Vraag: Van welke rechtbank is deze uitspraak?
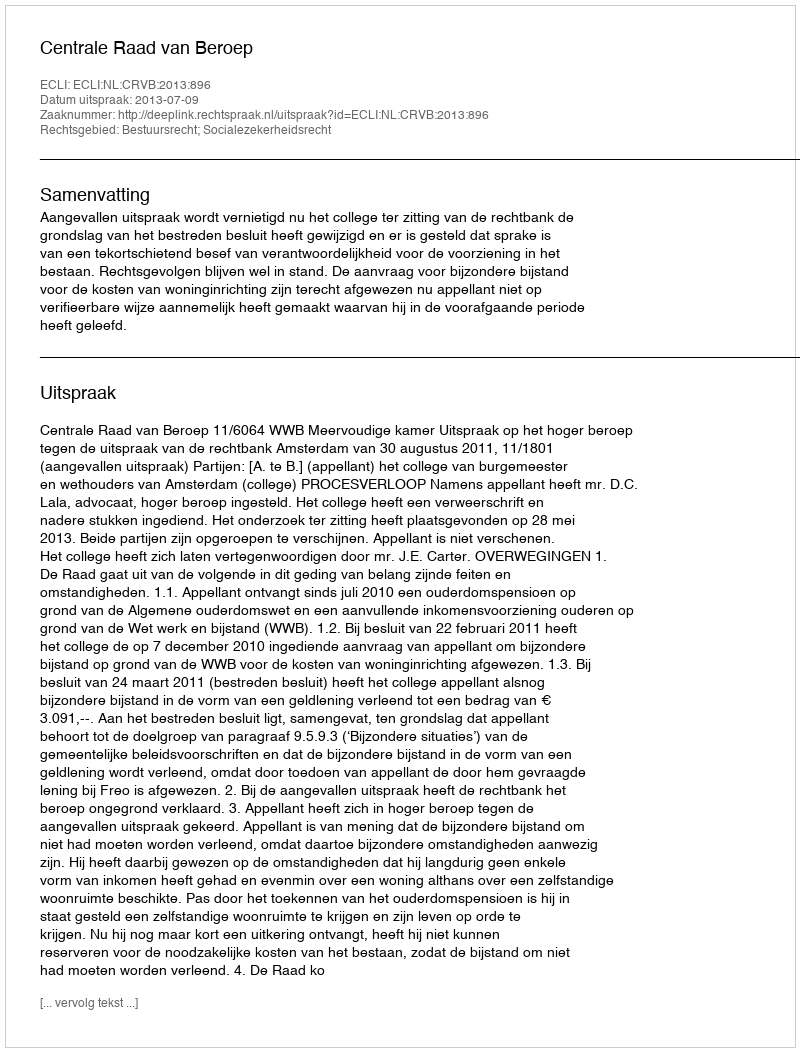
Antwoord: Centrale Raad van Beroep